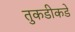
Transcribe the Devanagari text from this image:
तुकडीकडे